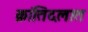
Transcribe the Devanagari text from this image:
क्रांतिदलात